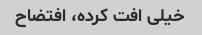
خیلی افت کرده، افتضاح